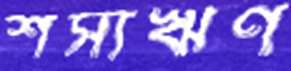
শস্যঋণ